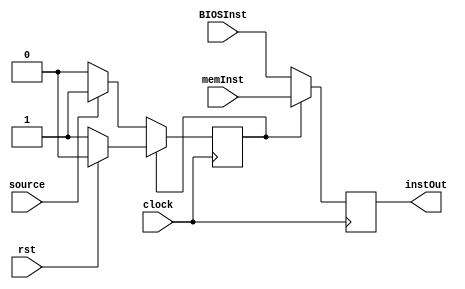
module MuxInstSelector( source, memInst, BIOSInst, instOut, rst, clock );

	input source, rst, clock;
	input[31:0] memInst, BIOSInst;
	output reg [31:0] instOut;
	reg state;
	
	initial
	begin : INIT
		state = 1'b0;
	end 
	
	
	always @( negedge clock )
	begin
		if( !state )
			begin
				instOut = BIOSInst;
				if( source )
					state = 1'b1;
			end
		else if( state )
			begin
				instOut = memInst;
				if( rst )
					state = 1'b0;
			end
	end
	
	//assign instOut = state ? memInst : BIOSInst;

endmodule